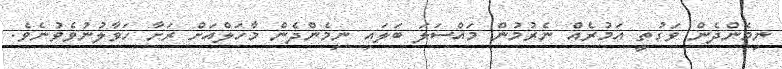
ނިމެންދެން ވަގުތީ އަމުރެއް ނެރުމުން މައްސަލަ ބަލައި ނިމެންދެން މާހަލްއަށް ރަށާ ހަވާލުނުވެވުނެވެ.